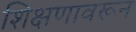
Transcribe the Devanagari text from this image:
शिक्षणावरून